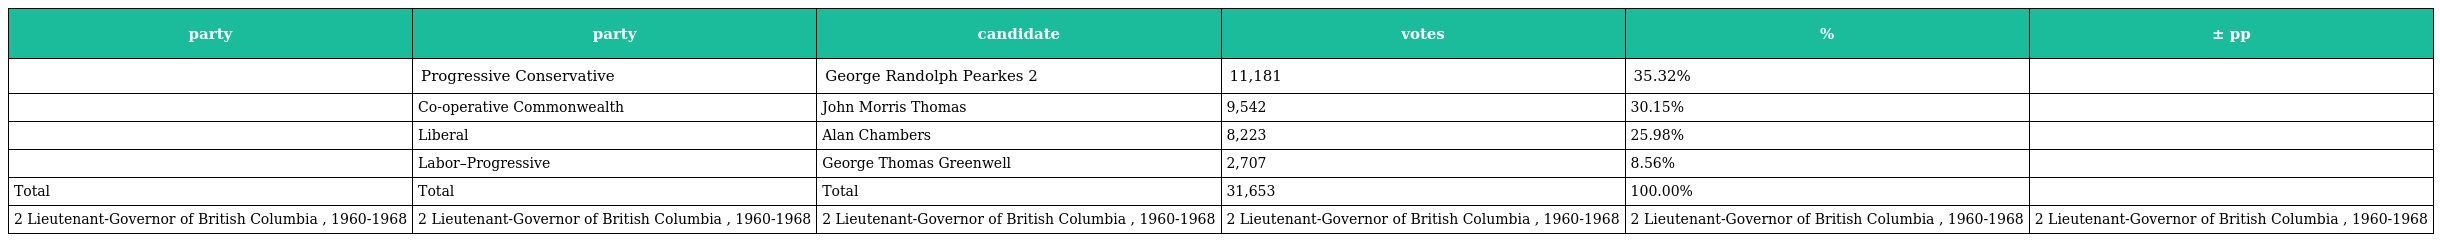
| party | party | candidate | votes | % | ± pp |
 | --- | --- | --- | --- | --- | --- |
 |  | Progressive Conservative | George Randolph Pearkes 2 | 11,181 | 35.32% |  |
 |  | Co-operative Commonwealth | John Morris Thomas | 9,542 | 30.15% |  |
 |  | Liberal | Alan Chambers | 8,223 | 25.98% |  |
 |  | Labor–Progressive | George Thomas Greenwell | 2,707 | 8.56% |  |
 | Total | Total | Total | 31,653 | 100.00% |  |
 | 2 Lieutenant-Governor of British Columbia , 1960-1968 | 2 Lieutenant-Governor of British Columbia , 1960-1968 | 2 Lieutenant-Governor of British Columbia , 1960-1968 | 2 Lieutenant-Governor of British Columbia , 1960-1968 | 2 Lieutenant-Governor of British Columbia , 1960-1968 | 2 Lieutenant-Governor of British Columbia , 1960-1968 |